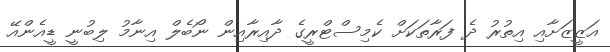
އަޒީޒަށާއި އިތުރު ދެ ފަރާތަކަށް ކެމިސްޓްރީގެ ދާއިރާއިން ނޯބެލް އިނާމު ލިބުނީ ޑީއެންއޭ